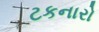
ટકનારો